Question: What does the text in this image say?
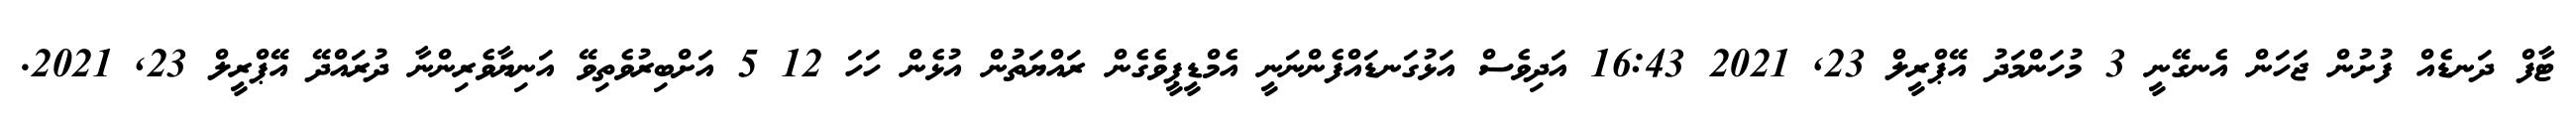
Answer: ޓާފް ދަނޑެއް ފުށުން ޖަހަން އެނގޭނީ 3 މުހަންމަދު އޭޕްރީލް 23, 2021 16:43 އަދިވެސް އަޅުގަނޑައްފެންނަނީ އެމްޑީޕީވެގެން ރައްޔަތުން އުޅެން ހަހަ 12 5 އަށްބިރުވެތިވޭ އަނިޔާވެރިންނާ ދުރައްދޭ އޭޕްރީލް 23, 2021.